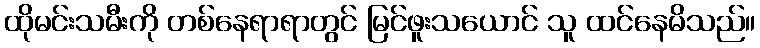
ထိုမင်းသမီးကို တစ်နေရာရာတွင် မြင်ဖူးသယောင် သူ ထင်နေမိသည်။